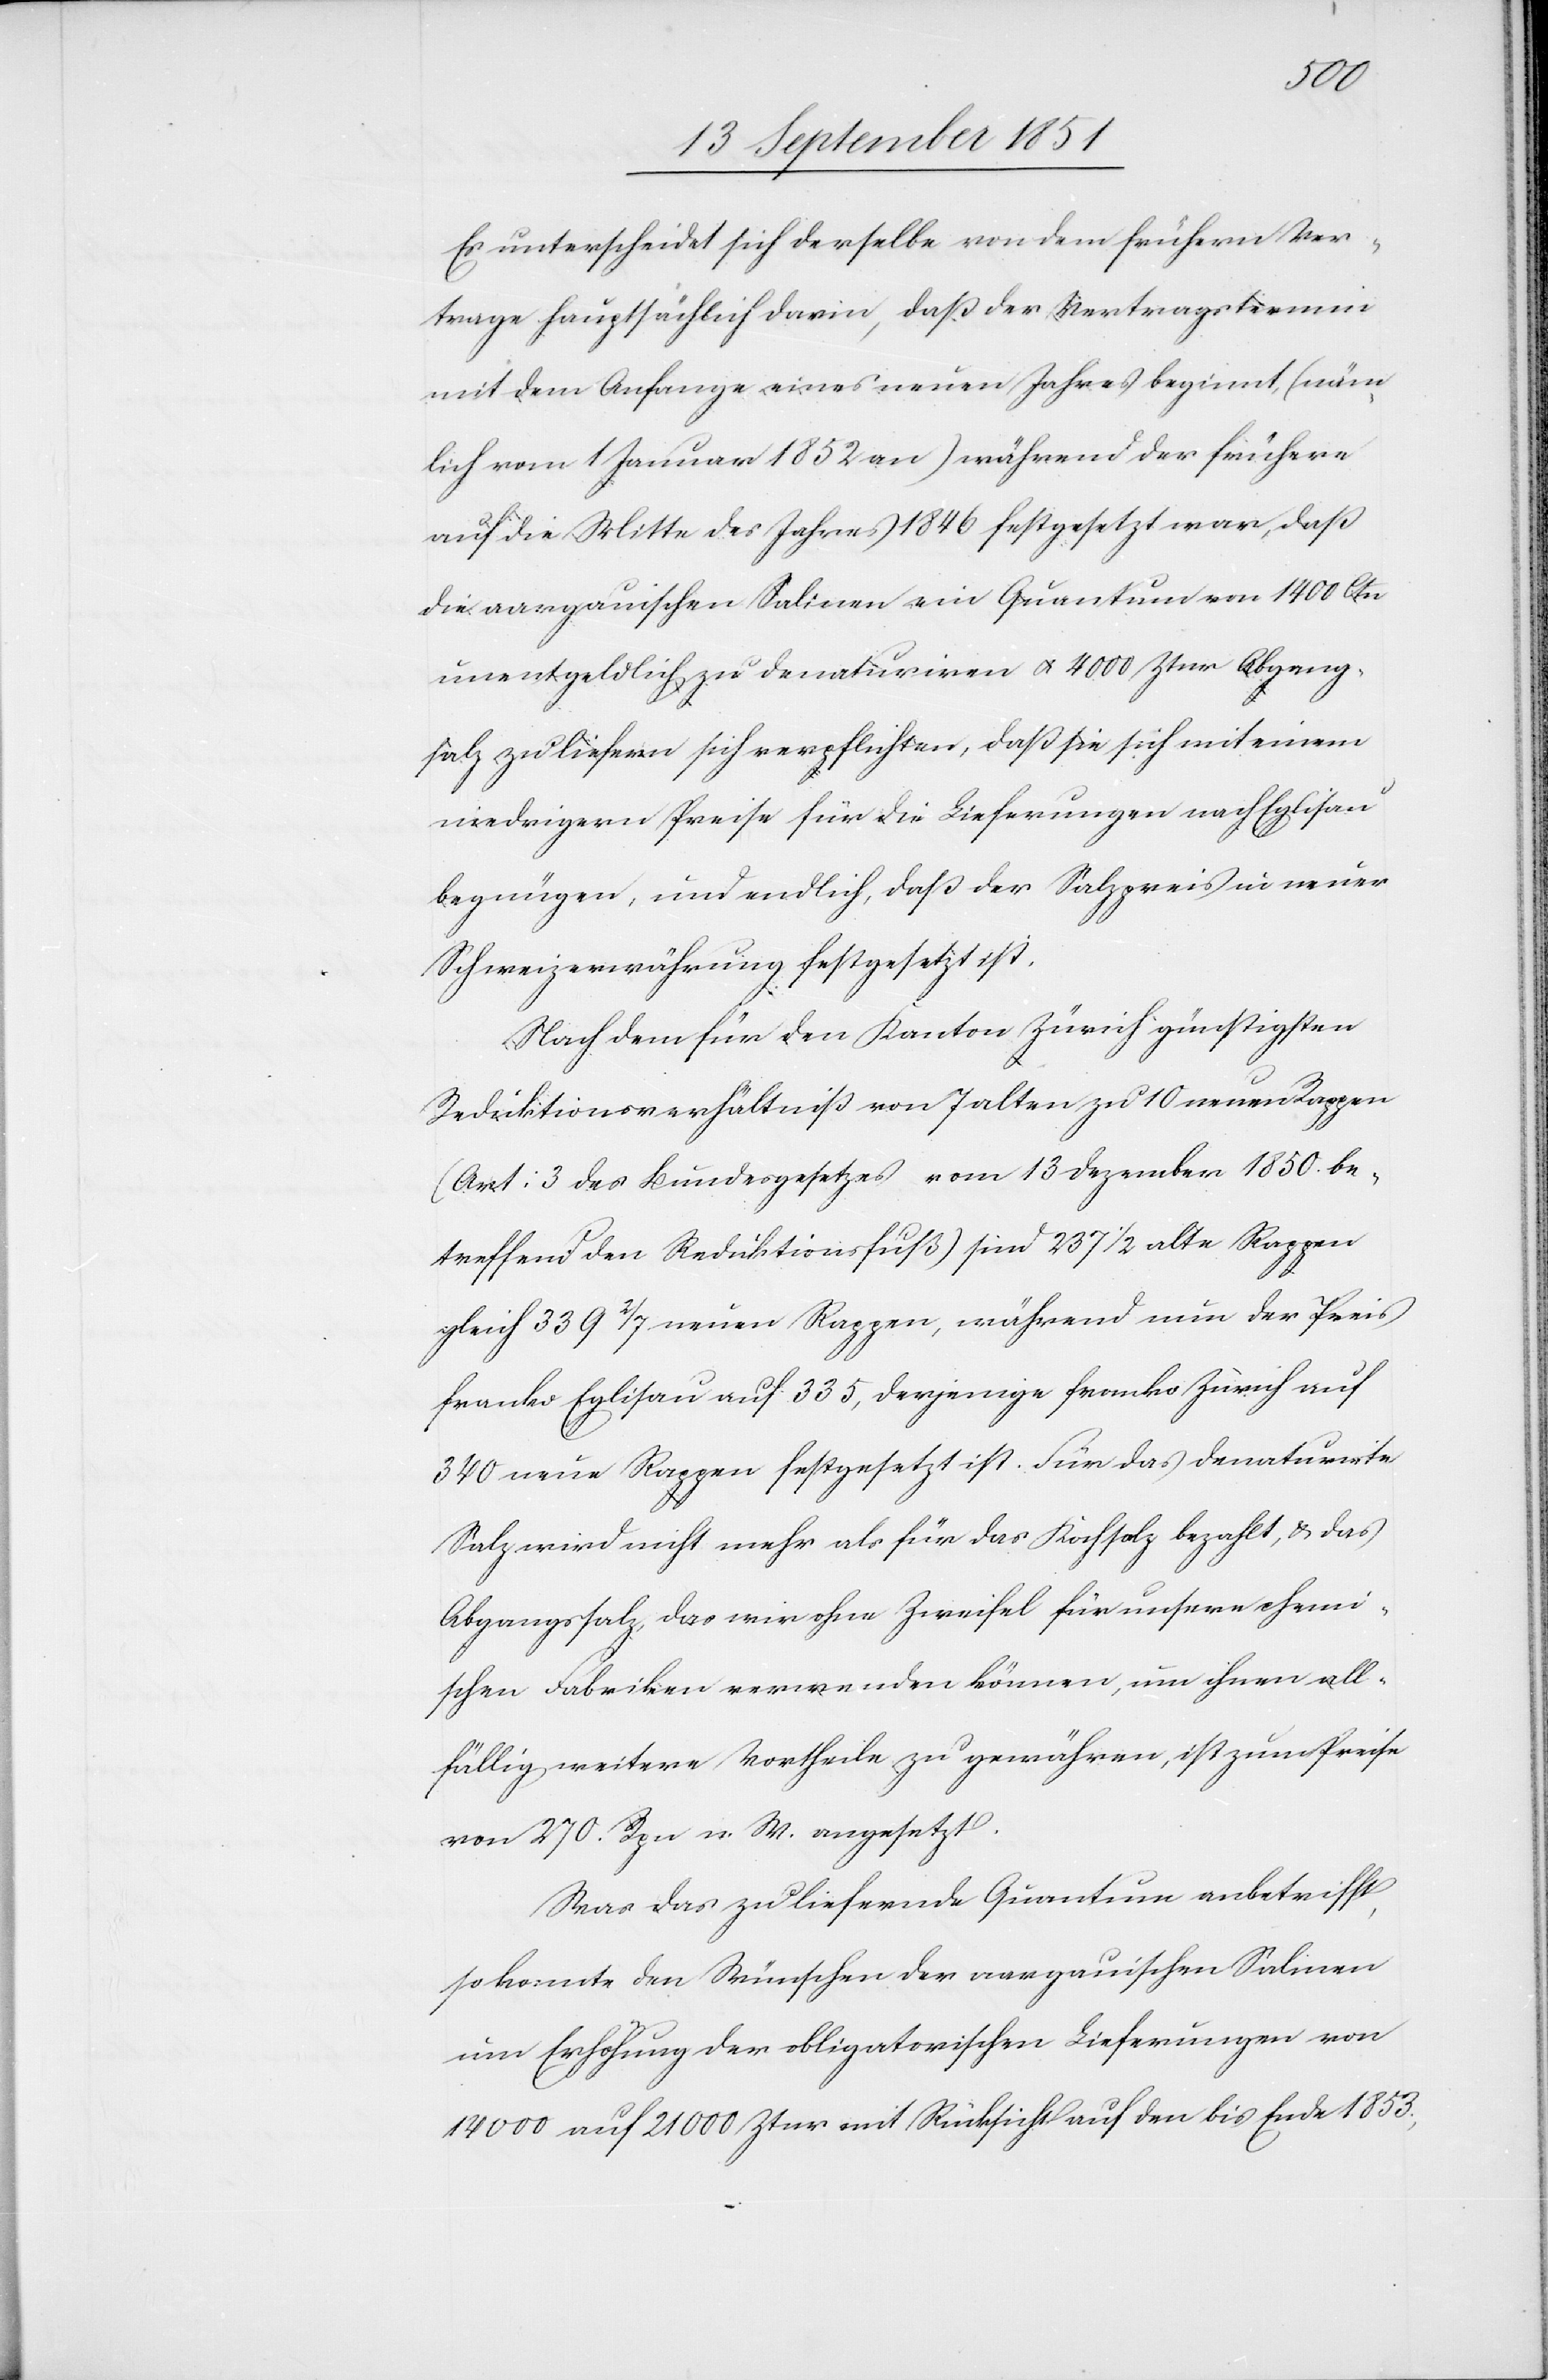
Es unterscheidet sich derselbe von dem frühern Ver¬
trage hauptsächlich darin, daß der Vertragstermin
mit dem Anfange eines neuen Jahres beginnt, (näm¬
lich vom 1 Januar 1852 an) während der frühere
auf die Mitte des Jahres 1846 festgesetzt war, daß
die aargauischen Salinen ein Quantum von 1400 Ctn
unentgeldlich zu denaturiren & 4000 Ztnr Abgang¬
salz zu liefern sich verpflichten, daß sie sich mit einem
niedrigern Preise für die Lieferungen nach Eglisau
begnügen, und endlich, daß der Salzpreis in neuer
Schweizerwährung festgesetzt ist.
Nach dem für den Kanton Zürich günstigsten
Reduktionsverhältniß von 7 alten zu 10 neuen Rappen
(Art: 3 des Bundesgesetzes vom 13 Dezember 1850. be¬
treffend den Reduktionsfuß) sind 237 1/2 alte Rappen
gleich 339 2/7 neuen Rappen, während nun der Preis
franko Eglisau auf 335, derjenige franko Zürich auf
340 neue Rappen festgesetzt ist. Für das denaturirte
Salz wird nicht mehr als für das Kochsalz bezahlt, & das
Abgangssalz, das wir ohne Zweifel für unsere chemi¬
schen Fabriken verwenden können, um ihnen all¬
fällig weitere Vortheile zu gewähren, ist zum Preise
von 270. Rpn n. W. angesetzt.
Was das zu liefernde Quantum anbetrifft,
so konnte den Wünschen der aargauischen Salinen
um Erhöhung der obligatorischen Lieferungen von
14 000 auf 21 000 Ztnr mit Rücksicht auf den bis Ende 1853.,